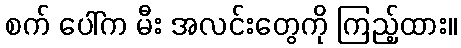
စက် ပေါ်က မီး အလင်းတွေကို ကြည့်ထား။